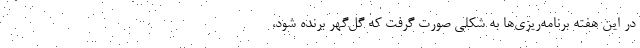
در این هفته برنامه‌ریزی‌ها به شکلی صورت گرفت که گل‌گهر برنده شود،